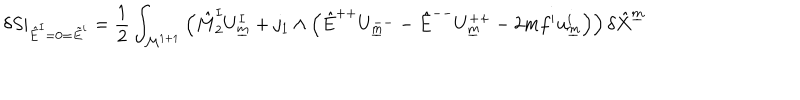
\delta S \vert _ { \hat { E } ^ { I } = 0 = \tilde { E } ^ { i } } = { \frac { 1 } { 2 } } \int _ { { \cal M } ^ { 1 + 1 } } \left( \hat { M } _ { 2 } ^ { I } U _ { \underline { { { m } } } } ^ { I } + j _ { 1 } \wedge \left( \hat { E } ^ { + + } U _ { \underline { { { m } } } } ^ { -- } - \hat { E } ^ { -- } U _ { \underline { { { m } } } } ^ { + + } - 2 m f ^ { i } u _ { \underline { { { m } } } } ^ { i } \right) \right) \delta \hat { X } ^ { \underline { { { m } } } }